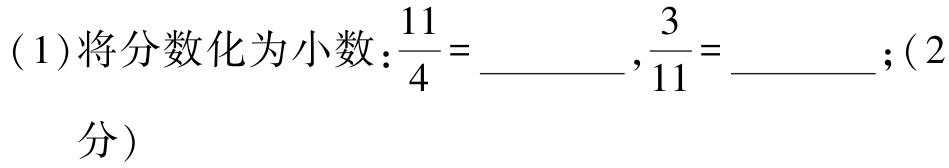
( 1 )将分数化为小数：$\frac{11}{4} = \_\_\_\_\_ , \frac{3}{11} = \_\_\_\_\_$；( 2 分）